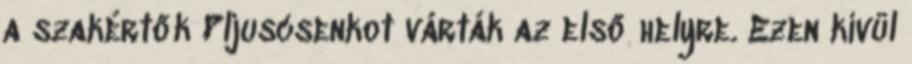
a szakértők Pljuscsenkot várták az első helyre. Ezen kívül